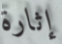
إثارة